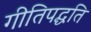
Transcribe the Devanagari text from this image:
गीतिपद्धति